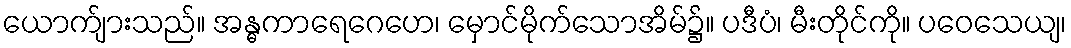
ယောက်ျားသည်။ အန္ဓကာရေဂေဟေ၊ မှောင်မိုက်သောအိမ်၌။ ပဒီပံ၊ မီးတိုင်ကို။ ပဝေသေယျ၊